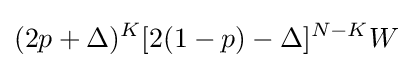
(2p+\Delta )^{K}[2(1-p)-\Delta ]^{N-K}W